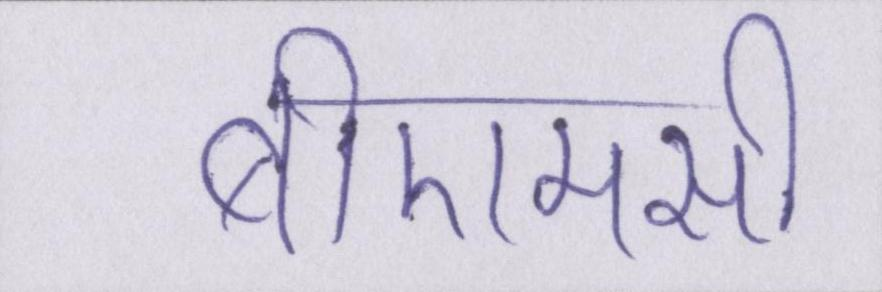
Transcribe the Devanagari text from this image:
बीएमसी